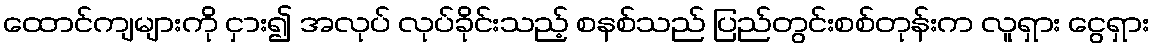
ထောင်ကျများကို ငှား၍ အလုပ် လုပ်ခိုင်းသည့် စနစ်သည် ပြည်တွင်းစစ်တုန်းက လူရှား ငွေရှား